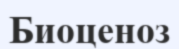
Биоценоз